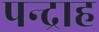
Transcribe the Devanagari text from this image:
पन्द्राह